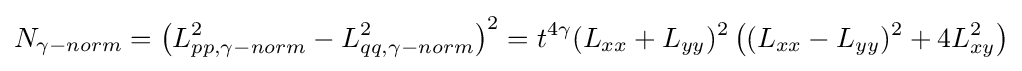
N_{\gamma -norm}=\left(L_{pp,\gamma -norm}^{2}-L_{qq,\gamma -norm}^{2}\right)^{2}=t^{4\gamma }(L_{xx}+L_{yy})^{2}\left((L_{xx}-L_{yy})^{2}+4L_{xy}^{2}\right)